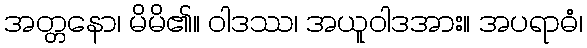
အတ္တနော၊ မိမိ၏။ ဝါဒဿ၊ အယူဝါဒအား။ အပရာဓံ၊